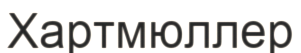
Хартмюллер